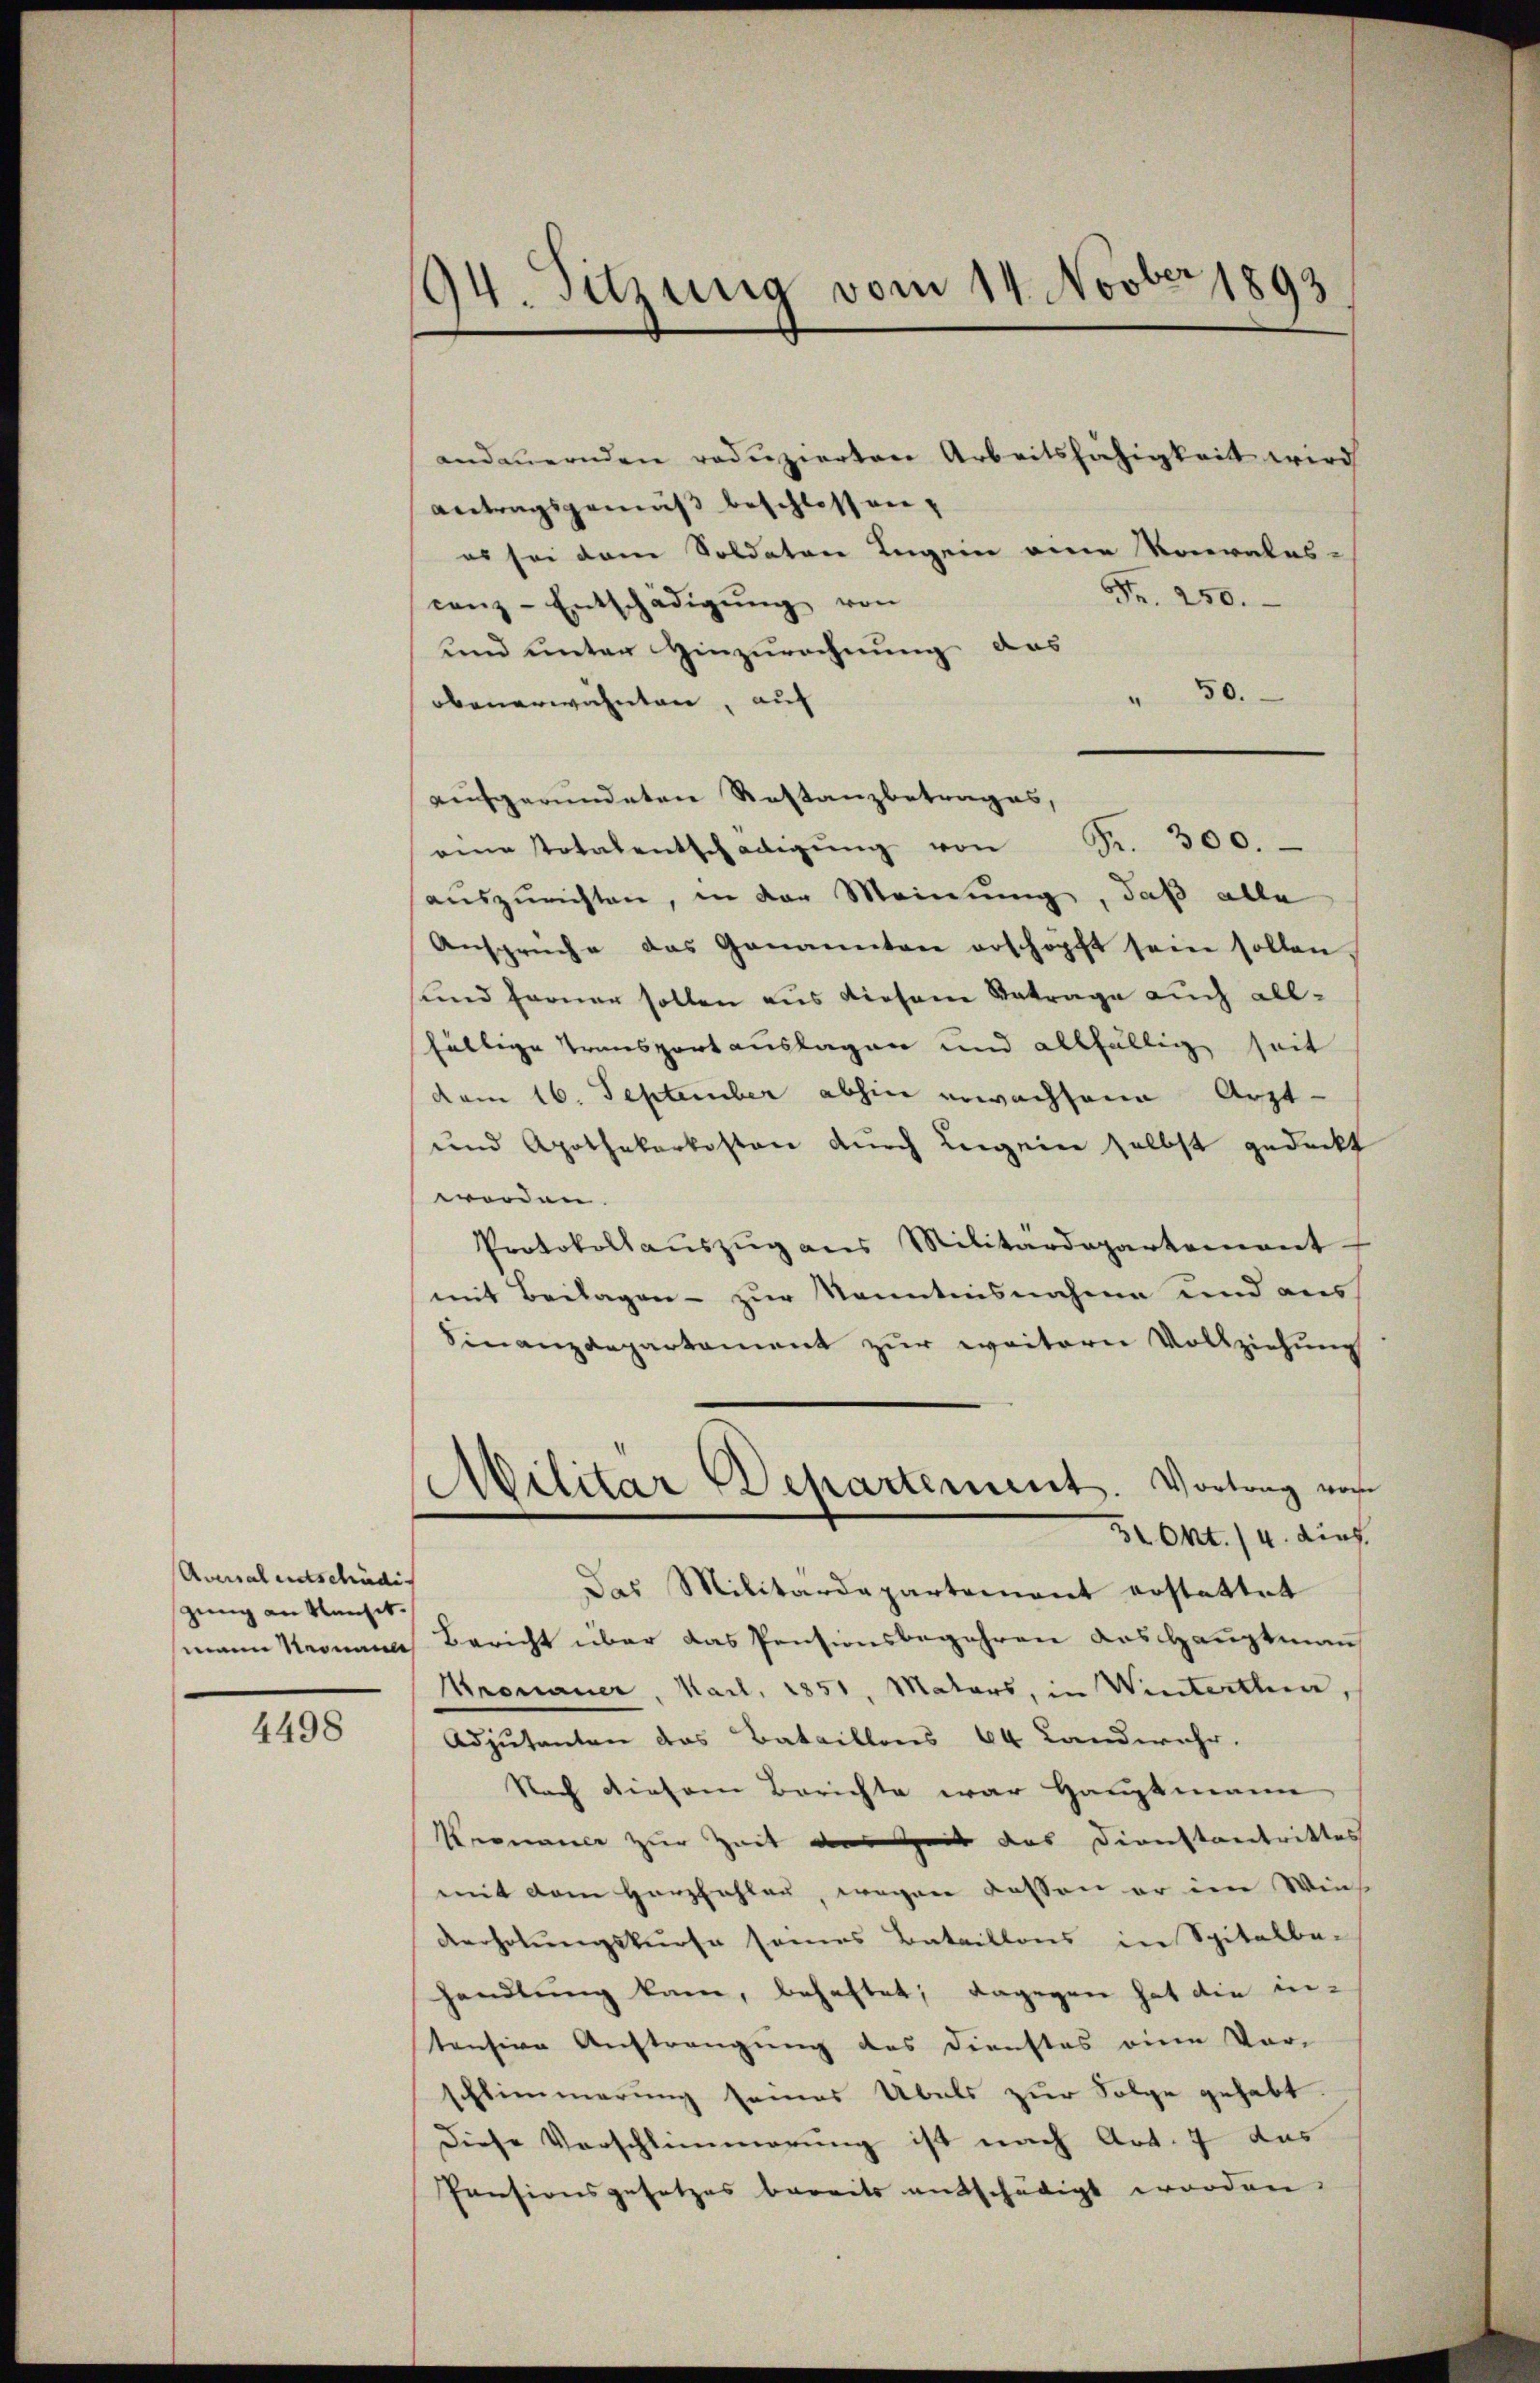
Areal entschädig
zung an Nansit.

4498

194. Sitzung vom 14. Novber 1893

andauernden reduzierten Arbeitsfähigkeit wird
Antragsgemäß beschlossen,
es sei dem Soldaten Ingen eine Konvales-
Fr. 250.
cenz-Entschädigŭng von
und unter Hinzurechnung das
50.
.
obenerwähnten, auf
aufgeründeten Restanzbetrages,
eine Totalentschädigŭng von Fr. 300.
auszurichten, in der Meinung, daß alle
Ansprüche das Genannten erschöpft sein sollen
und ferner sollen aus diesem Betrage auch allfältige Transportauslagen und allfällig seit
dem 16. September abhin erwachsame Arzt-
und Apothekarkasten durch Legein selbst gedeckt
worden.
Protokollaŭszŭg ans Militärdepartement
mit Beilagen - zur Kenntnisnahme und aus
Finanzdepartament zur weitern Vollziehung
Militär Departement. Vortrag vor
31. Okt. 14. dies
das Militärdepartement erstattet
mann Kronana Bericht über das Pensionsbegehren aus Hauptmann
Kronauer, Karl, 1851, Maters, in Wintertha,
Adjutanten das Bataillons 64 Landwehr.
Nach diesem Berichte war Hauptmann
Kronauer zur Zeit des Zeit das Dienstantrittes
mit dem Herzfahlen, wegen dessen er im Wies
Verholungskurse seines Bataillons in Spitalba-
handlung kam, behaftet; dagegen hat die in-
tensive Austrengung des Dienstes eine Vor-
schlimmerung seines Übels zur Folge gehabt.
Diese Vorschlimmerung ist nach Art. 7 das
Pensionsgesetzes bereits entschädigt worden.